Vital statistics of India. Vol. VI, European troops 1870-79
Year: 1870
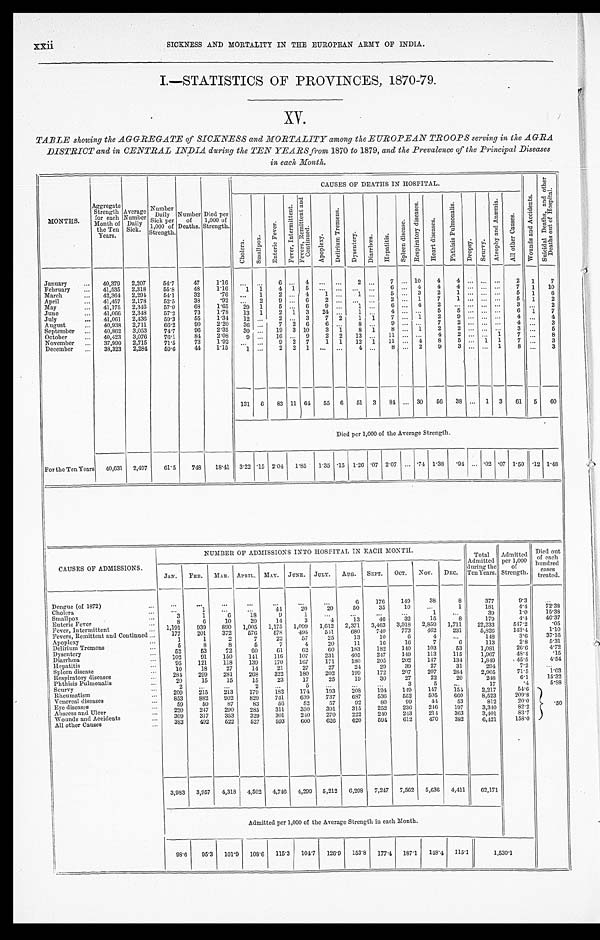
A,
7, 4
p
S
tiJ
.4
U
d
r:
V i
71
A o
Cr
Cif
MONTHS.
Aggregate
Strength
for each
Month of
the Ten
Years.
Average
Number
Daily
Sick.
Number
Daily
Sick per
1,000 of
Strength.
Number
of
Deaths.
Died per
1,000 of
Strength.
0.
S
0
8
0.1
VJ
2
0)
4
4
4
10
4
3
1
4
2
6
4
2
9
5
51'7
55'8
51.1
52'5
57'0
57'2
59.3
66'2
741
76'1
71'5
69'6
2
2
.••
1
1
1
8
8
2
1
2
9
24
7
6
3
2
1
1
1
2
1
1
1
1
2
3
2
2
7
5
4
6
6
3
3
10
9
7
1
4
19
16
9
1'16
1'16
'76
'92
1'65
1'78
1'34
2'20
2'35
2'03
1'92
1'15
1
1
1
2
1
47
48
32
38
68
73
55
DO
06
81
73
41
2
1
29
13
12
36
30
9
1
2
13
12
4
4
4
2
7
2
5
2
7
2
4
9
4
4
1
1
5
9
2
2
2
5
3
1
2
7
5
5
6
4
3
7
7
8
1
1
1
1
..i
... ••.
7
10
6
2
2
7
4
5
8
3
3
January
40,379
2,207
February
41,535
2,318
March
42,361
2,291
April
41,457
2,178
May
41,175
2,316
June
41,066
2,318
July
41,061
2,436
August
40,938
2,711
September
40,862
3,053
October
40,423
3,076
November
37,990
2,715
December
38,323
2,284
NUMBER OF ADMISSIONS INTO HOSPITAL IN EACH MONTH.
MAIL
JULY.
AUG.
SEPT.
OCT.
CAUSES OF ADMISSIONS.
JAN'.
TED.
Total
Admitted
during the
Ten Years.
Admitted
per 1,000
of
Strength.
Died out
of each
hundred
eases
treated.
Nov.
DEC.
176
33
1
15
2,851)
402
4
103
113
147
27
207
22
5
117
505
216
215
470
35
40
41
9
11
1,175
578
22
61
116
170
21
322
23
182
741
56
311
301
503
3,163
740
10
16
182
217
205
20
172
30
20
1
3
1,099
495
57
4
62
107
107
27
180
17
5
171
639
52
310
20)
600
20
4
1,012
511.
25
20
GO
231
171
27
202
5
•••
••
18
20
1,005
576
7
5
60
111
139
14
268
15
2
179
829
83
285
329
527
7.91
536
80
25'2
210
594
6
50
13
2,371
680
13
11
183
405
180
24
109
19
208
687
92
315
222
620
193
737
57
391
270
626
149
10
32
'3,918
773
6
16
140
149
202
39
257
27
3
119
552
99
236
243
612
Dengue (of 1872)
Cholera
Smallpox
Enteric Fever
Fever, Intermittent
Fevers, Remittent and Continued ...
Apoplexy
Delirium Tremens
Dysentery
Diarrheea
Hepatitis
Spleen disease
Respiratory diseases
Phthisis Pulmoualis
Scurvy
Rheumatism
Venereal diseases
Eye diseases
Abscess and Ulcer
Wounds and Accidents
All other Causes
• .
1
3
8
6
1,191
939
177
201
1
1
6
52
53
102
01
95
121
10
18
281
299
20
15
2
209
215
853
8S2
59
50
220
217
309
317
383
492
6
10
890
372
2
8
72
150
118
27
281
15
213
902
87
290
353
622
1
377
181
9'3
4.1
72'38
• • •
31)
1-0
15'38
179
4.'.1.
46'37
1,711
22,233
547'2
'05
231
5,820
143'4
1'10
148
3'6
37'16
113
2*s
5'31
1,081
26'6
472
115
1,967
4104
'15
131
1,8.19
45'5
4.54
31
294
7•2
231
2,905
71'5
1'03
20
248
6'1
15'32 15'32
17
'4
5'38 5'38
1.51
2,217
54'6
660
8,523
209'8
53
197
812
3,31-0
20'0
'50
82'2
'50
363
3,401
83'7
382
6,421
158'0
SICKNESS AND MORTALITY IN THE EUROPEAN ARMY OF INDIA.
SICKNESS AND MORTALITY IN THE EUROPEAN ARMY OF INDIA.
SICKNESS AND MORTALITY IN THE EUROPEAN ARMY OF INDIA.
SICKNESS AND MORTALITY IN THE EUROPEAN ARMY OF INDIA.
SICKNESS AND MORTALITY IN THE EUROPEAN ARMY OF INDIA.
SICKNESS AND MORTALITY IN THE EUROPEAN ARMY OF INDIA.
SICKNESS AND MORTALITY IN THE EUROPEAN ARMY OF INDIA.
SICKNESS AND MORTALITY IN THE EUROPEAN ARMY OF INDIA.
1.-STATISTICS OF PROVINCES, 1870-79.
1.-STATISTICS OF PROVINCES, 1870-79.
1.-STATISTICS OF PROVINCES, 1870-79.
1.-STATISTICS OF PROVINCES, 1870-79.
1.-STATISTICS OF PROVINCES, 1870-79.
1.-STATISTICS OF PROVINCES, 1870-79.
1.-STATISTICS OF PROVINCES, 1870-79.
1.-STATISTICS OF PROVINCES, 1870-79.
XV. XV. XV. XV.
TABLE showing the _AGGREGATE of SICKNESS and MORTALITY among the EUROPEAN TROOPS serving in the AGRA
TABLE showing the _AGGREGATE of SICKNESS and MORTALITY among the EUROPEAN TROOPS serving in the AGRA
DISTRICT and in. CENTRAL INDIA during the TEN YEARS from 1870 to 1879, and the Prevalence of the Principal Diseases
DISTRICT and in. CENTRAL INDIA during the TEN YEARS from 1870 to 1879, and the Prevalence of the Principal Diseases
in each Month.
in each Month.
CAUSES OP DEATHS IN HOSPITAL.
131
6
83 11 61
55
6
51
3
81
30
56
38
1
3
61
5
60
Died per 1,000 of the Average Strength.
For the Ten Years
40,031
2,497
61' 5
748
18'41 3'22 '15 2'04
1•85
1'35 •15 1'26 '07 2'07
74 1•38
'94
'02 '07 1'50 '12 1'48
3,933
3,957
4,318
4,502
4,746
4,299
5,212
6,29S
7,247
7,562
5,636
4,111
62,171
Admitted per 1,000 of the Average Strength in each Month.
OS•G
05'3
101'9
108'6
115'3
104'7
126'9
153'8
177'4
187'1
113'4
115'1
1,530'1